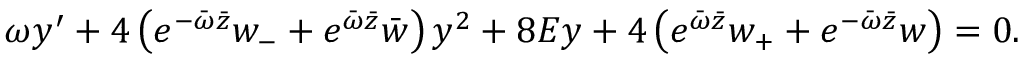
\omega y ^ { \prime } + 4 \left( e ^ { - \bar { \omega } \bar { z } } w _ { - } + e ^ { \bar { \omega } \bar { z } } \bar { w } \right) y ^ { 2 } + 8 E y + 4 \left( e ^ { \bar { \omega } \bar { z } } w _ { + } + e ^ { - \bar { \omega } \bar { z } } w \right) = 0 .